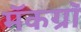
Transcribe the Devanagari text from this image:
मॅकग्रॉ